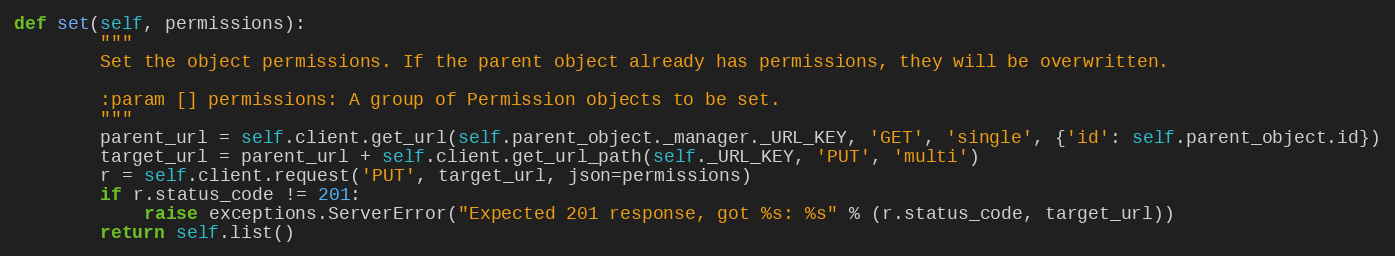
Language: Python
def set(self, permissions):
        """
        Set the object permissions. If the parent object already has permissions, they will be overwritten.

        :param [] permissions: A group of Permission objects to be set.
        """
        parent_url = self.client.get_url(self.parent_object._manager._URL_KEY, 'GET', 'single', {'id': self.parent_object.id})
        target_url = parent_url + self.client.get_url_path(self._URL_KEY, 'PUT', 'multi')
        r = self.client.request('PUT', target_url, json=permissions)
        if r.status_code != 201:
            raise exceptions.ServerError("Expected 201 response, got %s: %s" % (r.status_code, target_url))
        return self.list()